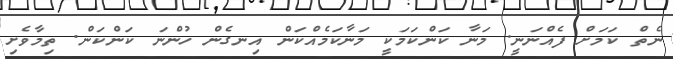
ނެތް ކަމަށް ފެއްނަނީ. މަނާ ކަންކަމަކީ މަނާކަމެއްކަން އިނގެން ހުންނަ ކަންކަން. ތިމާވެށި